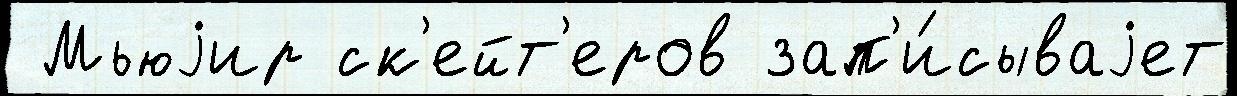
 Мьюjир ск'ейт'еров зап'и́сываjет